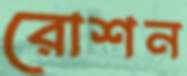
রোশন